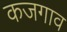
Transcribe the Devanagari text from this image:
कजगाव